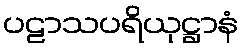
ပဠာသပရိယုဋ္ဌာနံ